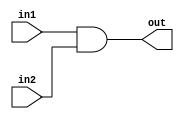
module andgate(in1,in2,out);
input in1,in2;
output out;
assign out=in1&in2;
endmodule

module andgate3(in1,in2,in3,out);
input in1,in2,in3;
output out;
assign out=in1&in2&in3;
endmodule

module nandgate(in1,in2,out);
input in1,in2;
output out;
assign out=~(in1&in2);
endmodule

module nandgate3(in1,in2,in3,out);
input in1,in2,in3;
output out;
assign out=~(in1&in2&in3);
endmodule


module orgate(in1,in2,out);
input in1,in2;
output out;
assign out=in1|in2;
endmodule

module orgate3(in1,in2,in3,out);
input in1,in2,in3;
output out;
assign out=in1|in2|in3;
endmodule

module norgate(in1,in2,out);
input in1,in2;
output out;
assign out=~(in1|in2);
endmodule

module norgate3(in1,in2,in3,out);
input in1,in2,in3;
output out;
assign out=~(in1|in2|in3);
endmodule

module xorgate(in1,in2,out);
input in1,in2;
output out;
assign out=in1^in2;
endmodule

module xnorgate(in1,in2,out);
input in1,in2;
output out;
assign out=~(in1^in2);
endmodule

module invgate(in1,out);
input in1;
output out;
assign out=~in1;
endmodule